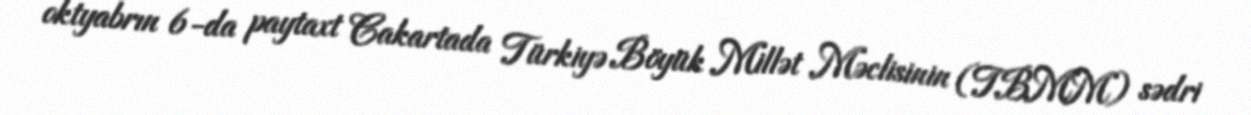
oktyabrın 6-da paytaxt Cakartada Türkiyə Böyük Millət Məclisinin (TBMM) sədri